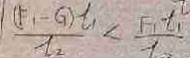
\frac { ( F _ { 1 } - G _ { ) } l _ { 1 } } { l _ { 2 } } < \frac { F _ { 1 } l _ { 1 } } { l }